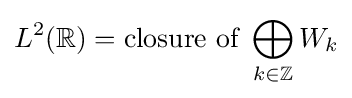
L^{2}(\mathbb {R} )={\mbox{closure of }}\bigoplus _{k\in \mathbb {Z} }W_{k}